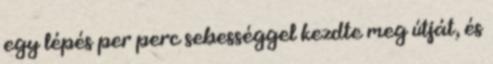
egy lépés per perc sebességgel kezdte meg útját, és